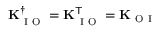
\mathbf { K } _ { \mathrm { ~ I ~ O ~ } } ^ { \dagger } = \mathbf { K } _ { \mathrm { ~ I ~ O ~ } } ^ { \mathsf { T } } = \mathbf { K } _ { \mathrm { ~ O ~ I ~ } }